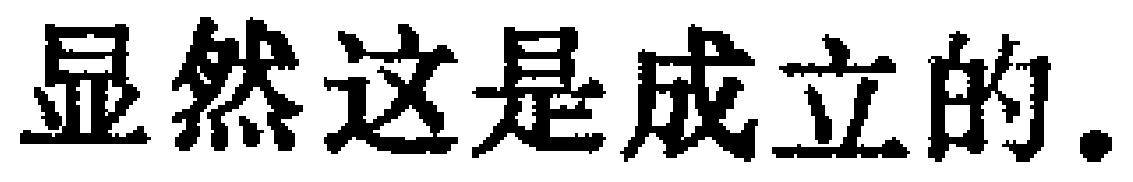
显然这是成立的.